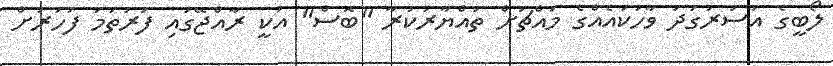
ލޯބީގެ އަސަރުގަދަ ވާހަކައެއްގެ މައްޗަށް ތައްޔާރުކުރާ ''ބޮސް" އަކީ ރާއްޖޭގައި ފުރަތަމަ ފަހަރަށް